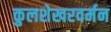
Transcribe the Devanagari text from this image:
कुलशेखरवर्मन